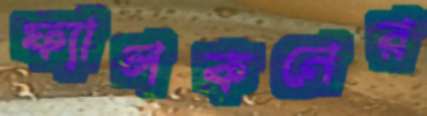
ফ্যালকনের